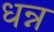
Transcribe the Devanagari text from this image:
धन्न